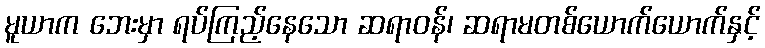
မူယာက ဘေးမှာ ရပ်ကြည့်နေသော ဆရာဝန်၊ ဆရာမတစ်ယောက်ယောက်နှင့်